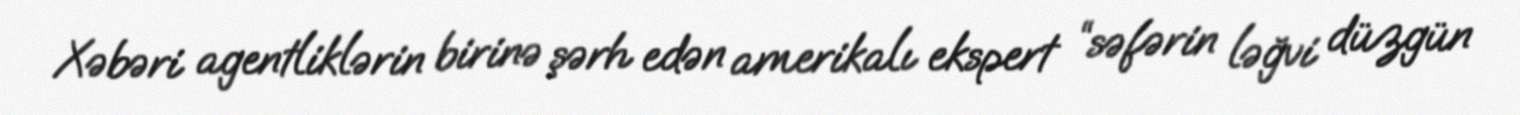
Xəbəri agentliklərin birinə şərh edən amerikalı ekspert “səfərin ləğvi düzgün